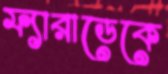
ফ্যারাডেকে